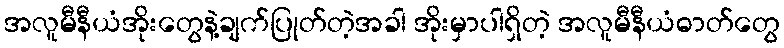
အလူမီနီယံအိုးတွေနဲ့ချက်ပြုတ်တဲ့အခါ အိုးမှာပါရှိတဲ့ အလူမီနီယံဓာတ်တွေ